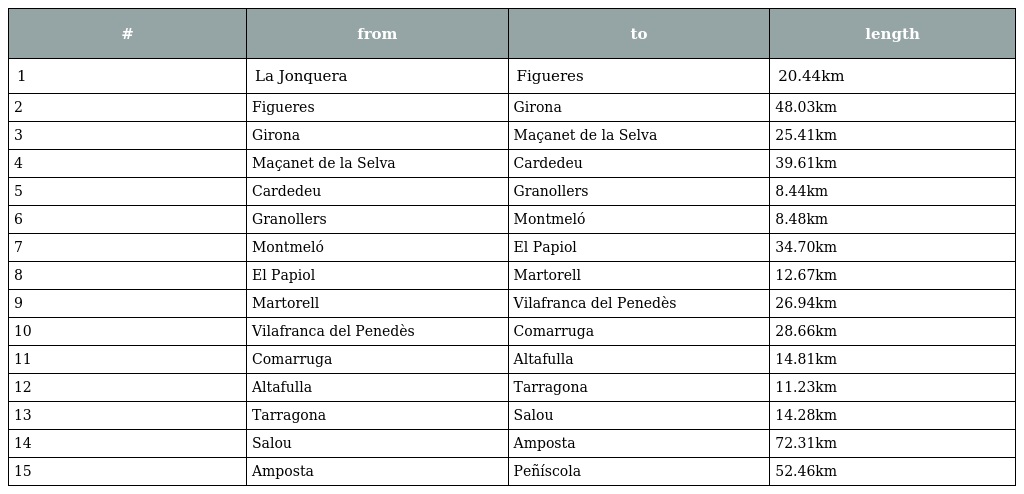
| # | from | to | length |
 | --- | --- | --- | --- |
 | 1 | La Jonquera | Figueres | 20.44km |
 | 2 | Figueres | Girona | 48.03km |
 | 3 | Girona | Maçanet de la Selva | 25.41km |
 | 4 | Maçanet de la Selva | Cardedeu | 39.61km |
 | 5 | Cardedeu | Granollers | 8.44km |
 | 6 | Granollers | Montmeló | 8.48km |
 | 7 | Montmeló | El Papiol | 34.70km |
 | 8 | El Papiol | Martorell | 12.67km |
 | 9 | Martorell | Vilafranca del Penedès | 26.94km |
 | 10 | Vilafranca del Penedès | Comarruga | 28.66km |
 | 11 | Comarruga | Altafulla | 14.81km |
 | 12 | Altafulla | Tarragona | 11.23km |
 | 13 | Tarragona | Salou | 14.28km |
 | 14 | Salou | Amposta | 72.31km |
 | 15 | Amposta | Peñíscola | 52.46km |